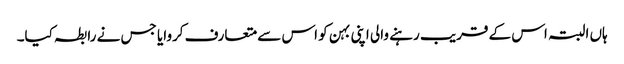
ہاں البتہ اس کے قریب رہنے والی اپنی بہن کو اس سے متعارف کروایا جس نے رابطہ کیا۔